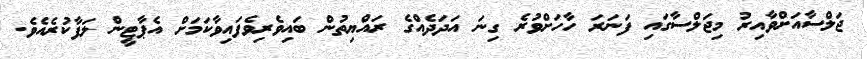
ޖަލްސާއަށްވާއިރު މިޖަލްސާގައި ފަނަރަ ހާހަށްވުރެ ގިނަ އަދަދެއްގެ ރައްޔިތުން ބައިވެރިވެފައިވާކަމަށް އެޕާޓީން ލަފާކުރެއެވެ.